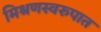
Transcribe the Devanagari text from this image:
मिश्रणस्वरुपात